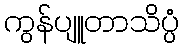
ကွန်ပျူတာသိပ္ပံ